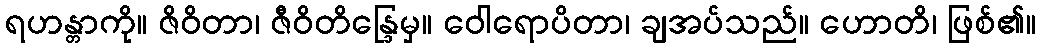
ရဟန္တာကို။ ဇိဝိတာ၊ ဇီဝိတိန္ဒြေမှ။ ဝေါရောပိတာ၊ ချအပ်သည်။ ဟောတိ၊ ဖြစ်၏။